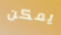
يمكن